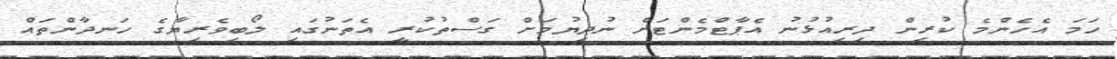
ހަމަ އެހެންމެ ކުރިން ދިރިއުޅުނު އެޕާޓްމެންޓަށް ނުދިޔުމަށް ގަސްތުކުރީ އެތަނުގައި ލޯބިވެރިޔާގެ ހަނދާންތައް